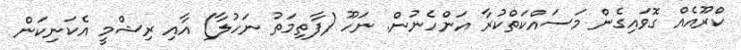
ކްރޫއެއް ގޮވައިގެން މަސައްކަތްކުރާ އަންހެނުން. ނަހޫ (ފާތިމަތު ނަހުލާ) އާއި ރިޝްމީ އެކަނިކަން